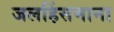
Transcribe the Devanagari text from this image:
जलहिंसमाना